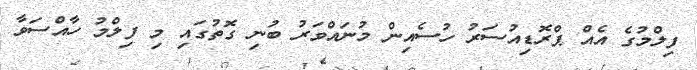
ފިލްމުގެ އެއް ޕްރޮޑިއުސަރު ހުސެއިން މުނައްވަރު ބުނި ގޮތުގައި މި ފިލްމު ހާއްސަވާ